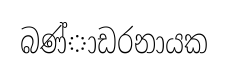
බණ්ාඩරනායක